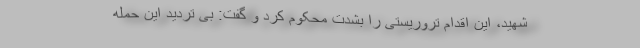
شهید، این اقدام تروریستی را بشدت محکوم کرد و گفت: بی تردید این حمله